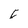
Character: C